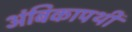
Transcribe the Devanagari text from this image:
अंबिकापथी